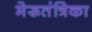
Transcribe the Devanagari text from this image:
मेरूतंत्रिका